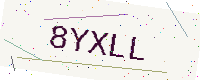
Text: 8YXLL